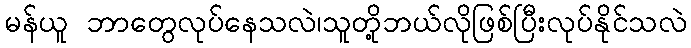
မန်ယူ ဘာတွေလုပ်နေသလဲ၊သူတို့ဘယ်လိုဖြစ်ပြီးလုပ်နိုင်သလဲ